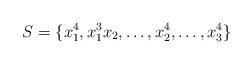
LaTeX: \begin{align*}S=\{x_1^4,x_1^3x_2,\dots,x_2^4,\dots,x_3^4\}\end{align*}